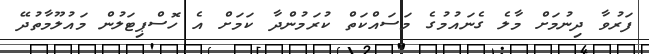
ފަރުވާ ދިނުމަށް މާލެ ގެނައުމުގެ މަސައްކަތް ކުރަމުންދާ ކަމަށް އެ ހޮސްޕިޓަލުން މައުލޫމާތުދޭ